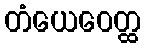
တံယေဝေတ္ထ